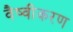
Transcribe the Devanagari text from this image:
वैष्वीकरण